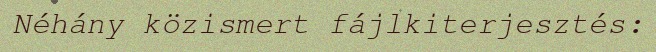
Néhány közismert fájlkiterjesztés: